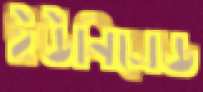
ইউনিমেড